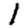
Digit: 1